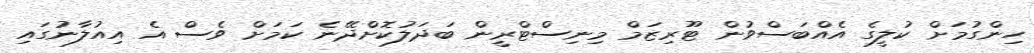
ހިންގުމަށް ކުލީގެ އެއްބަސްވުން ޓޫރިޒަމް މިނިސްޓްރީން ބަދަލުކޮށްދޭނެ ކަމަށް ވެސް އެ އިއުލާނުގައި